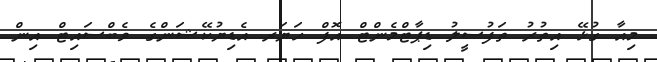
މިއާ ގުޅޭ އިތުރު ތަފުސީލު ޑިޕާޓްމެންޓް އޮފް ހަޔަރ އެޑިޔުކޭޝަންގެ ވެބްސައިޓް އިން